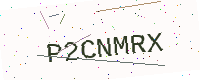
Text: P2CNMRX